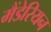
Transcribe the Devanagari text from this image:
मैंडेरियन